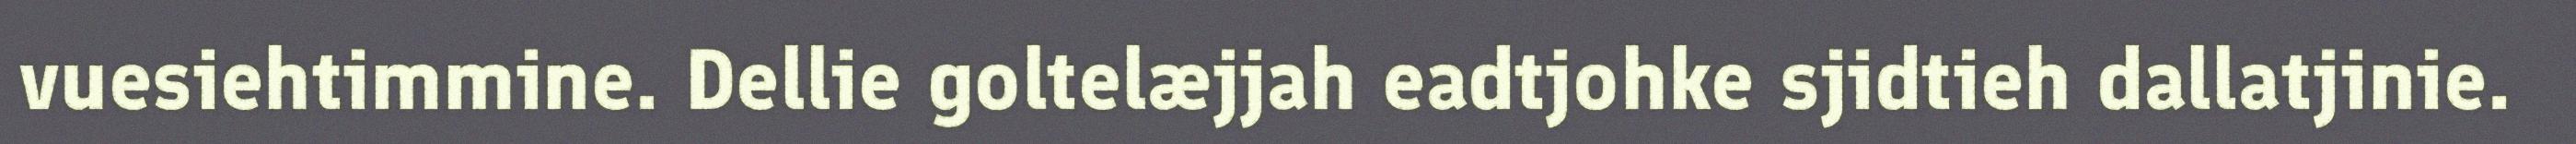
vuesiehtimmine. Dellie goltelæjjah eadtjohke sjidtieh dallatjinie.